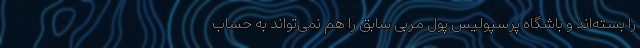
را بسته‌اند و باشگاه پرسپولیس پول مربی سابق را هم نمی‌تواند به حساب